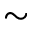
\sim